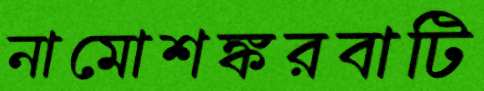
নামোশঙ্করবাটি